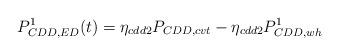
LaTeX: \begin{align*}P_{CDD,ED}^{1}(t)={{\eta }_{cdd2}}{{P}_{CDD,cvt}}-{{\eta}_{cdd2}}P_{CDD,wh}^{1}\end{align*}